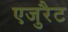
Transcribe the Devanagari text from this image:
एजुरैट